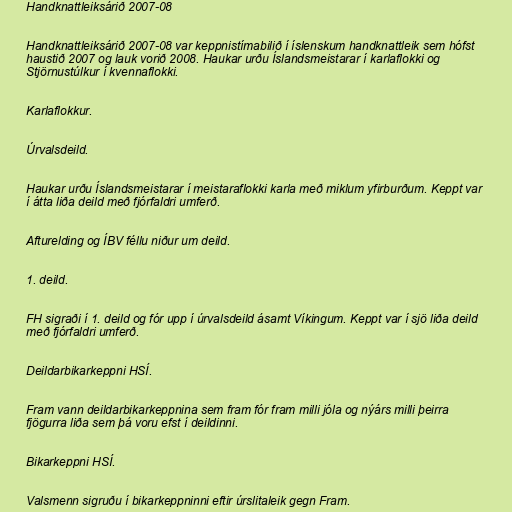
Handknattleiksárið 2007-08

Handknattleiksárið 2007-08 var keppnistímabilið í íslenskum handknattleik sem hófst
haustið 2007 og lauk vorið 2008. Haukar urðu Íslandsmeistarar í karlaflokki og
Stjörnustúlkur í kvennaflokki.

Karlaflokkur.

Úrvalsdeild.

Haukar urðu Íslandsmeistarar í meistaraflokki karla með miklum yfirburðum. Keppt var
í átta liða deild með fjórfaldri umferð.

Afturelding og ÍBV féllu niður um deild.

1. deild.

FH sigraði í 1. deild og fór upp í úrvalsdeild ásamt Víkingum. Keppt var í sjö liða deild
með fjórfaldri umferð.

Deildarbikarkeppni HSÍ.

Fram vann deildarbikarkeppnina sem fram fór fram milli jóla og nýárs milli þeirra
fjögurra liða sem þá voru efst í deildinni.

Bikarkeppni HSÍ.

Valsmenn sigruðu í bikarkeppninni eftir úrslitaleik gegn Fram.